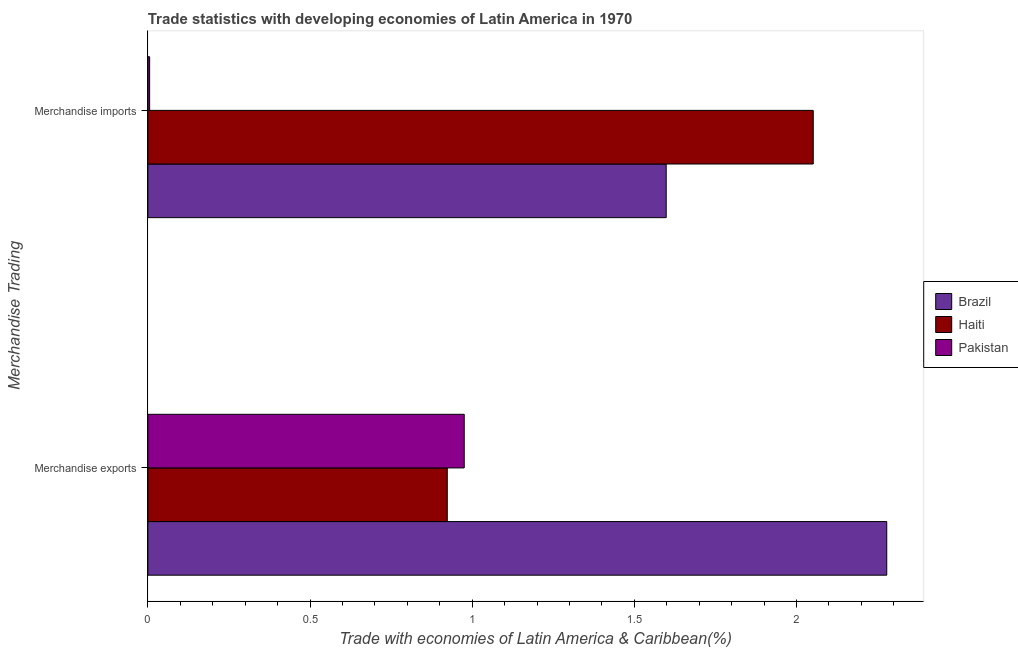
| Merchandise Trading | Brazil | Haiti | Pakistan |
 | --- | --- | --- | --- |
 | Merchandise exports | 2.28 | 0.923 | 0.976 |
 | Merchandise imports | 1.6 | 2.05 | 0.00544 |